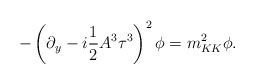
\begin{align*}-\left(\partial_{y} - i \frac{1}{2} A^{3} \tau^{3} \right)^{2} \phi = m_{KK}^{2} \phi .\end{align*}